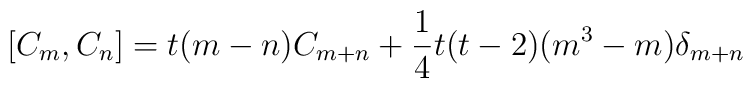
[C_m,C_n]=t(m-n)C_{m+n} + \frac{1}{4}t(t-2)(m^3-m)\delta_{m+n}